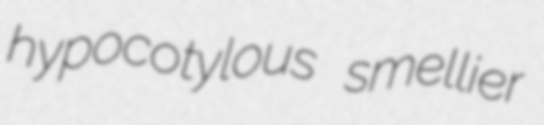
hypocotylous smellier